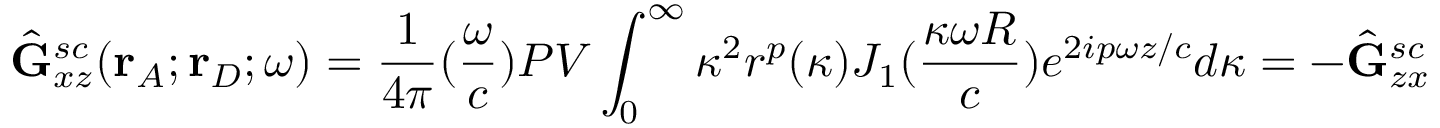
\hat { \mathbf { G } } _ { x z } ^ { s c } ( \mathbf { r } _ { A } ; \mathbf { r } _ { D } ; \omega ) = \frac { 1 } { 4 { \pi } } ( \frac { \omega } { c } ) P V \int _ { 0 } ^ { \infty } { \kappa ^ { 2 } } r ^ { p } ( \kappa ) J _ { 1 } ( \frac { \kappa \omega R } { c } ) e ^ { 2 i p { \omega } z / c } d { \kappa } = - \hat { \mathbf { G } } _ { z x } ^ { s c }